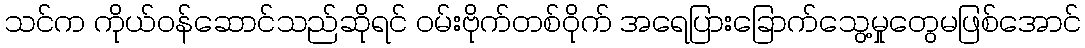
သင်က ကိုယ်ဝန်ဆောင်သည်ဆိုရင် ဝမ်းဗိုက်တစ်ဝိုက် အရေပြားခြောက်သွေ့မှုတွေမဖြစ်အောင်